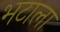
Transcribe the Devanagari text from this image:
भटाला